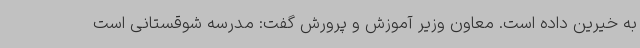
به خیرین داده است. معاون وزیر آموزش و پرورش گفت: مدرسه شوقستانی است